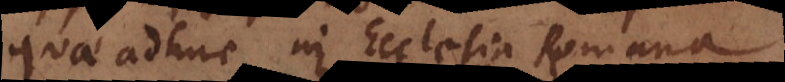
quae adhuc in Ecclesia Romana